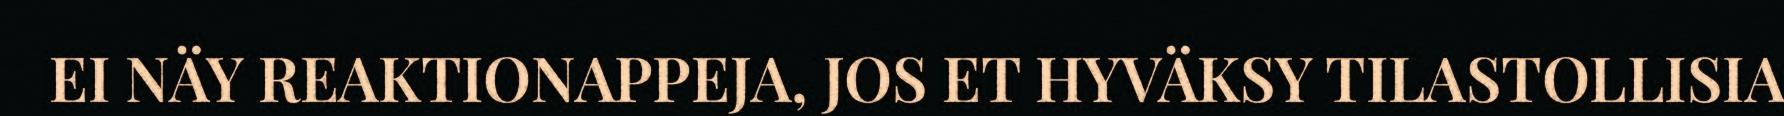
EI NÄY REAKTIONAPPEJA, JOS ET HYVÄKSY TILASTOLLISIA